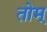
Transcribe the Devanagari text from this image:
तोम्